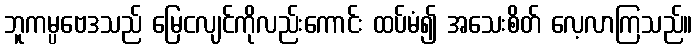
ဘူကမ္ပဗေဒသည် မြေငလျင်ကိုလည်းကောင်း ထပ်မံ၍ အသေးစိတ် လေ့လာကြသည်။